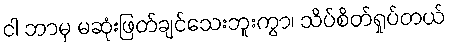
ငါ ဘာမှ မဆုံးဖြတ်ချင်သေးဘူးကွာ၊ သိပ်စိတ်ရှုပ်တယ်